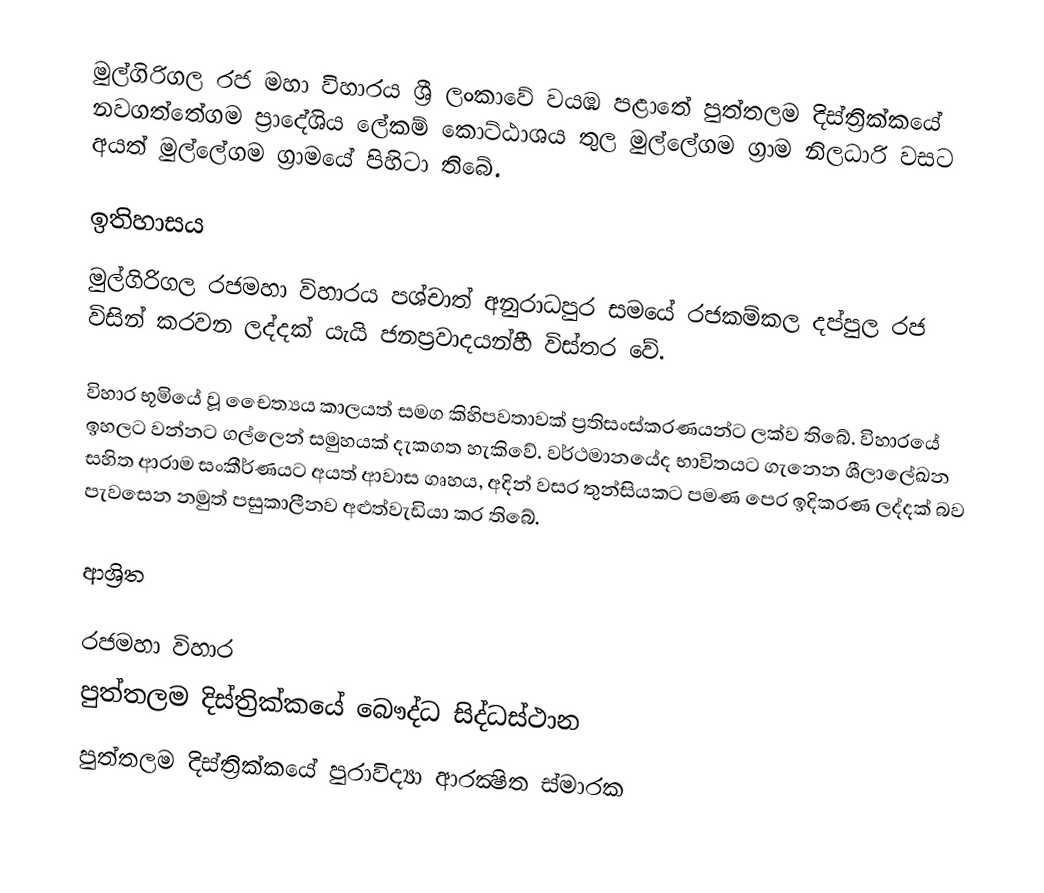
මුල්ගිරිගල රජ මහා විහාරය ශ්‍රී ලංකාවේ වයඹ පළාතේ පුත්තලම දිස්ත්‍රික්කයේ නවගත්තේගම ප්‍රාදේශිය ලේකම් කොට්ඨාශය තුල මුල්ලේගම ග්‍රාම නිලධාරි වසට අයත් මුල්ලේගම ග්‍රාමයේ පිහිටා තිබේ.

ඉතිහාසය
මුල්ගිරිගල රජමහා විහාරය පශ්චාත් අනුරාධපුර සමයේ රජකම්කල දප්පුල රජ විසින් කරවන ලද්දක් යැයි ජනප්‍රවාදයන්හී විස්තර වේ.

විහාර භූමියේ වූ චෙෙත්‍යය කාලයත් සමග කිහිපවතාවක් ප්‍රතිසංස්කරණයන්ට ලක්ව තිබේ. විහාරයේ ඉහලට වන්නට ගල්ලෙන් සමුහයක් දැකගත හැකිවේ. වර්ථමානයේද භාවිතයට ගැනෙන ශීලාලේඛන සහිත ආරාම සංකීර්ණයට අයත් ආවාස ගෘහය, අදින් වසර තුන්සියකට පමණ පෙර ඉදිකරණ ලද්දක් බව පැවසෙන නමුත් පසුකාලීනව අළුත්වැඩියා කර තිබේ.

ආශ්‍රිත

රජමහා විහාර
පුත්තලම දිස්ත්‍රික්කයේ බෞද්ධ සිද්ධස්ථාන
පුත්තලම දිස්ත්‍රික්කයේ පුරාවිද්‍යා ආරක්‍ෂිත ස්මාරක